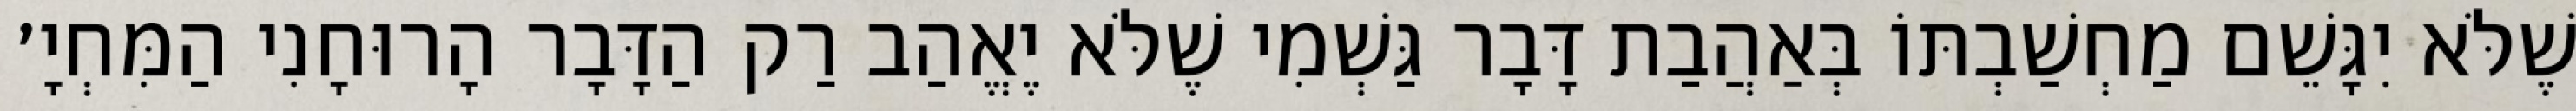
שֶׁלֹּא יִגָּשֵׁם מַחְשַׁבְתּוֹ בְּאַהֲבַת דָּבָר גַּשְׁמִי שֶׁלֹּא יֶאֱהַב רַק הַדָּבָר הָרוּחָנִי הַמִּחְיָ׳